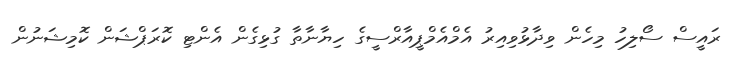
ރައީސް ސޯލިހު މިހެން ވިދާޅުވިއިރު އެމްއެމްޕީއާރްސީގެ ހިޔާނާތާ ގުޅިގެން އެންޓި ކޮރަޕްޝަން ކޮމިޝަނުން